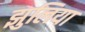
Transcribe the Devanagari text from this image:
झुलिया